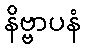
နိဗ္ဗာပနံ